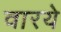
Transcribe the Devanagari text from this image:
वारये